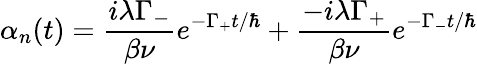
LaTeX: \alpha_{n}(t)=\frac{i\lambda\Gamma_{-}}{\beta\nu}e^{-\Gamma_{+}t/\hbar}+\frac{-i\lambda\Gamma_{+}}{\beta\nu}e^{-\Gamma_{-}t/\hbar}